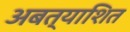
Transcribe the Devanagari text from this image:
अबत्याशित